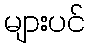
များပင်